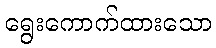
ရွေးကောက်ထားသော